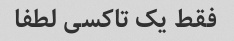
فقط یک تاکسی لطفا